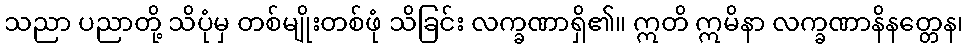
သညာ ပညာတို့ သိပုံမှ တစ်မျိုးတစ်ဖုံ သိခြင်း လက္ခဏာရှိ၏။ ဣတိ ဣမိနာ လက္ခဏာနိနတ္တေန၊